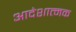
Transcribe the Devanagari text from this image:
आदेशात्‍मक